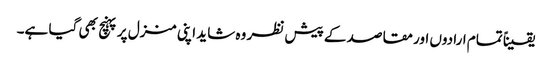
یقیناً تمام ارادوں اور مقاصد کے پیش نظر وہ شاید اپنی منزل پر پہنچ بھی گیا ہے۔